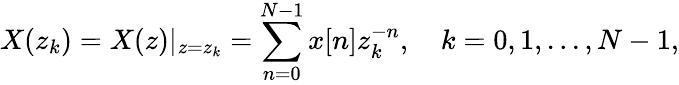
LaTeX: X(z_{k})=X(z)|_{z=z_{k}}=\sum_{n=0}^{N-1}x[n]z_{k}^{-n},\quad k=0,1,...,N-1,